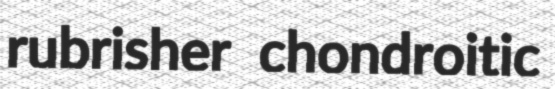
rubrisher chondroitic